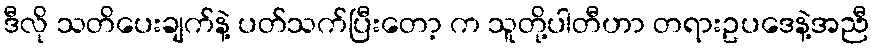
ဒီလို သတိပေးချက်နဲ့ ပတ်သက်ပြီးတော့ က သူတို့ပါတီဟာ တရားဥပဒေနဲ့အညီ